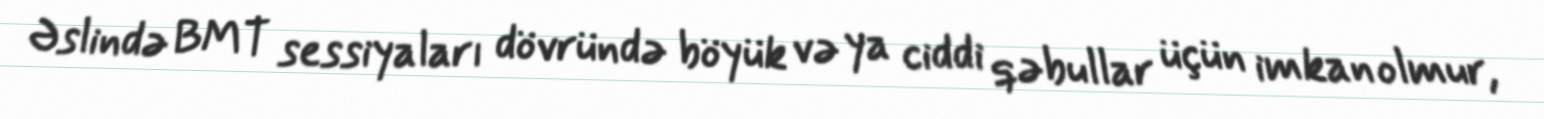
Əslində BMT sessiyaları dövründə böyük və ya ciddi qəbullar üçün imkan olmur,